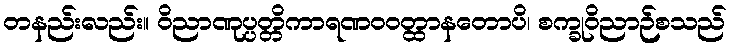
တနည်းလည်း။ ဝိညာဏုပ္ပတ္တိကာရဏဝဝတ္ထာနတောပိ၊ စက္ခုဝိညာဉ်စသည်